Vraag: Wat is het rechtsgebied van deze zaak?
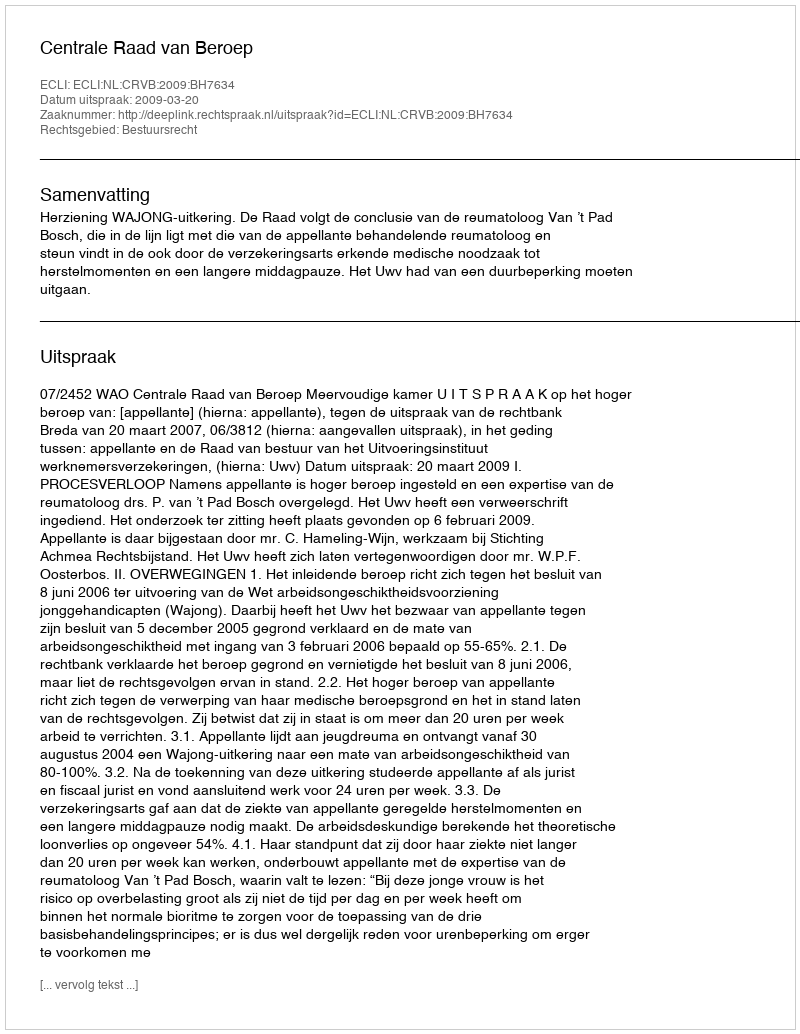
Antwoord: Bestuursrecht